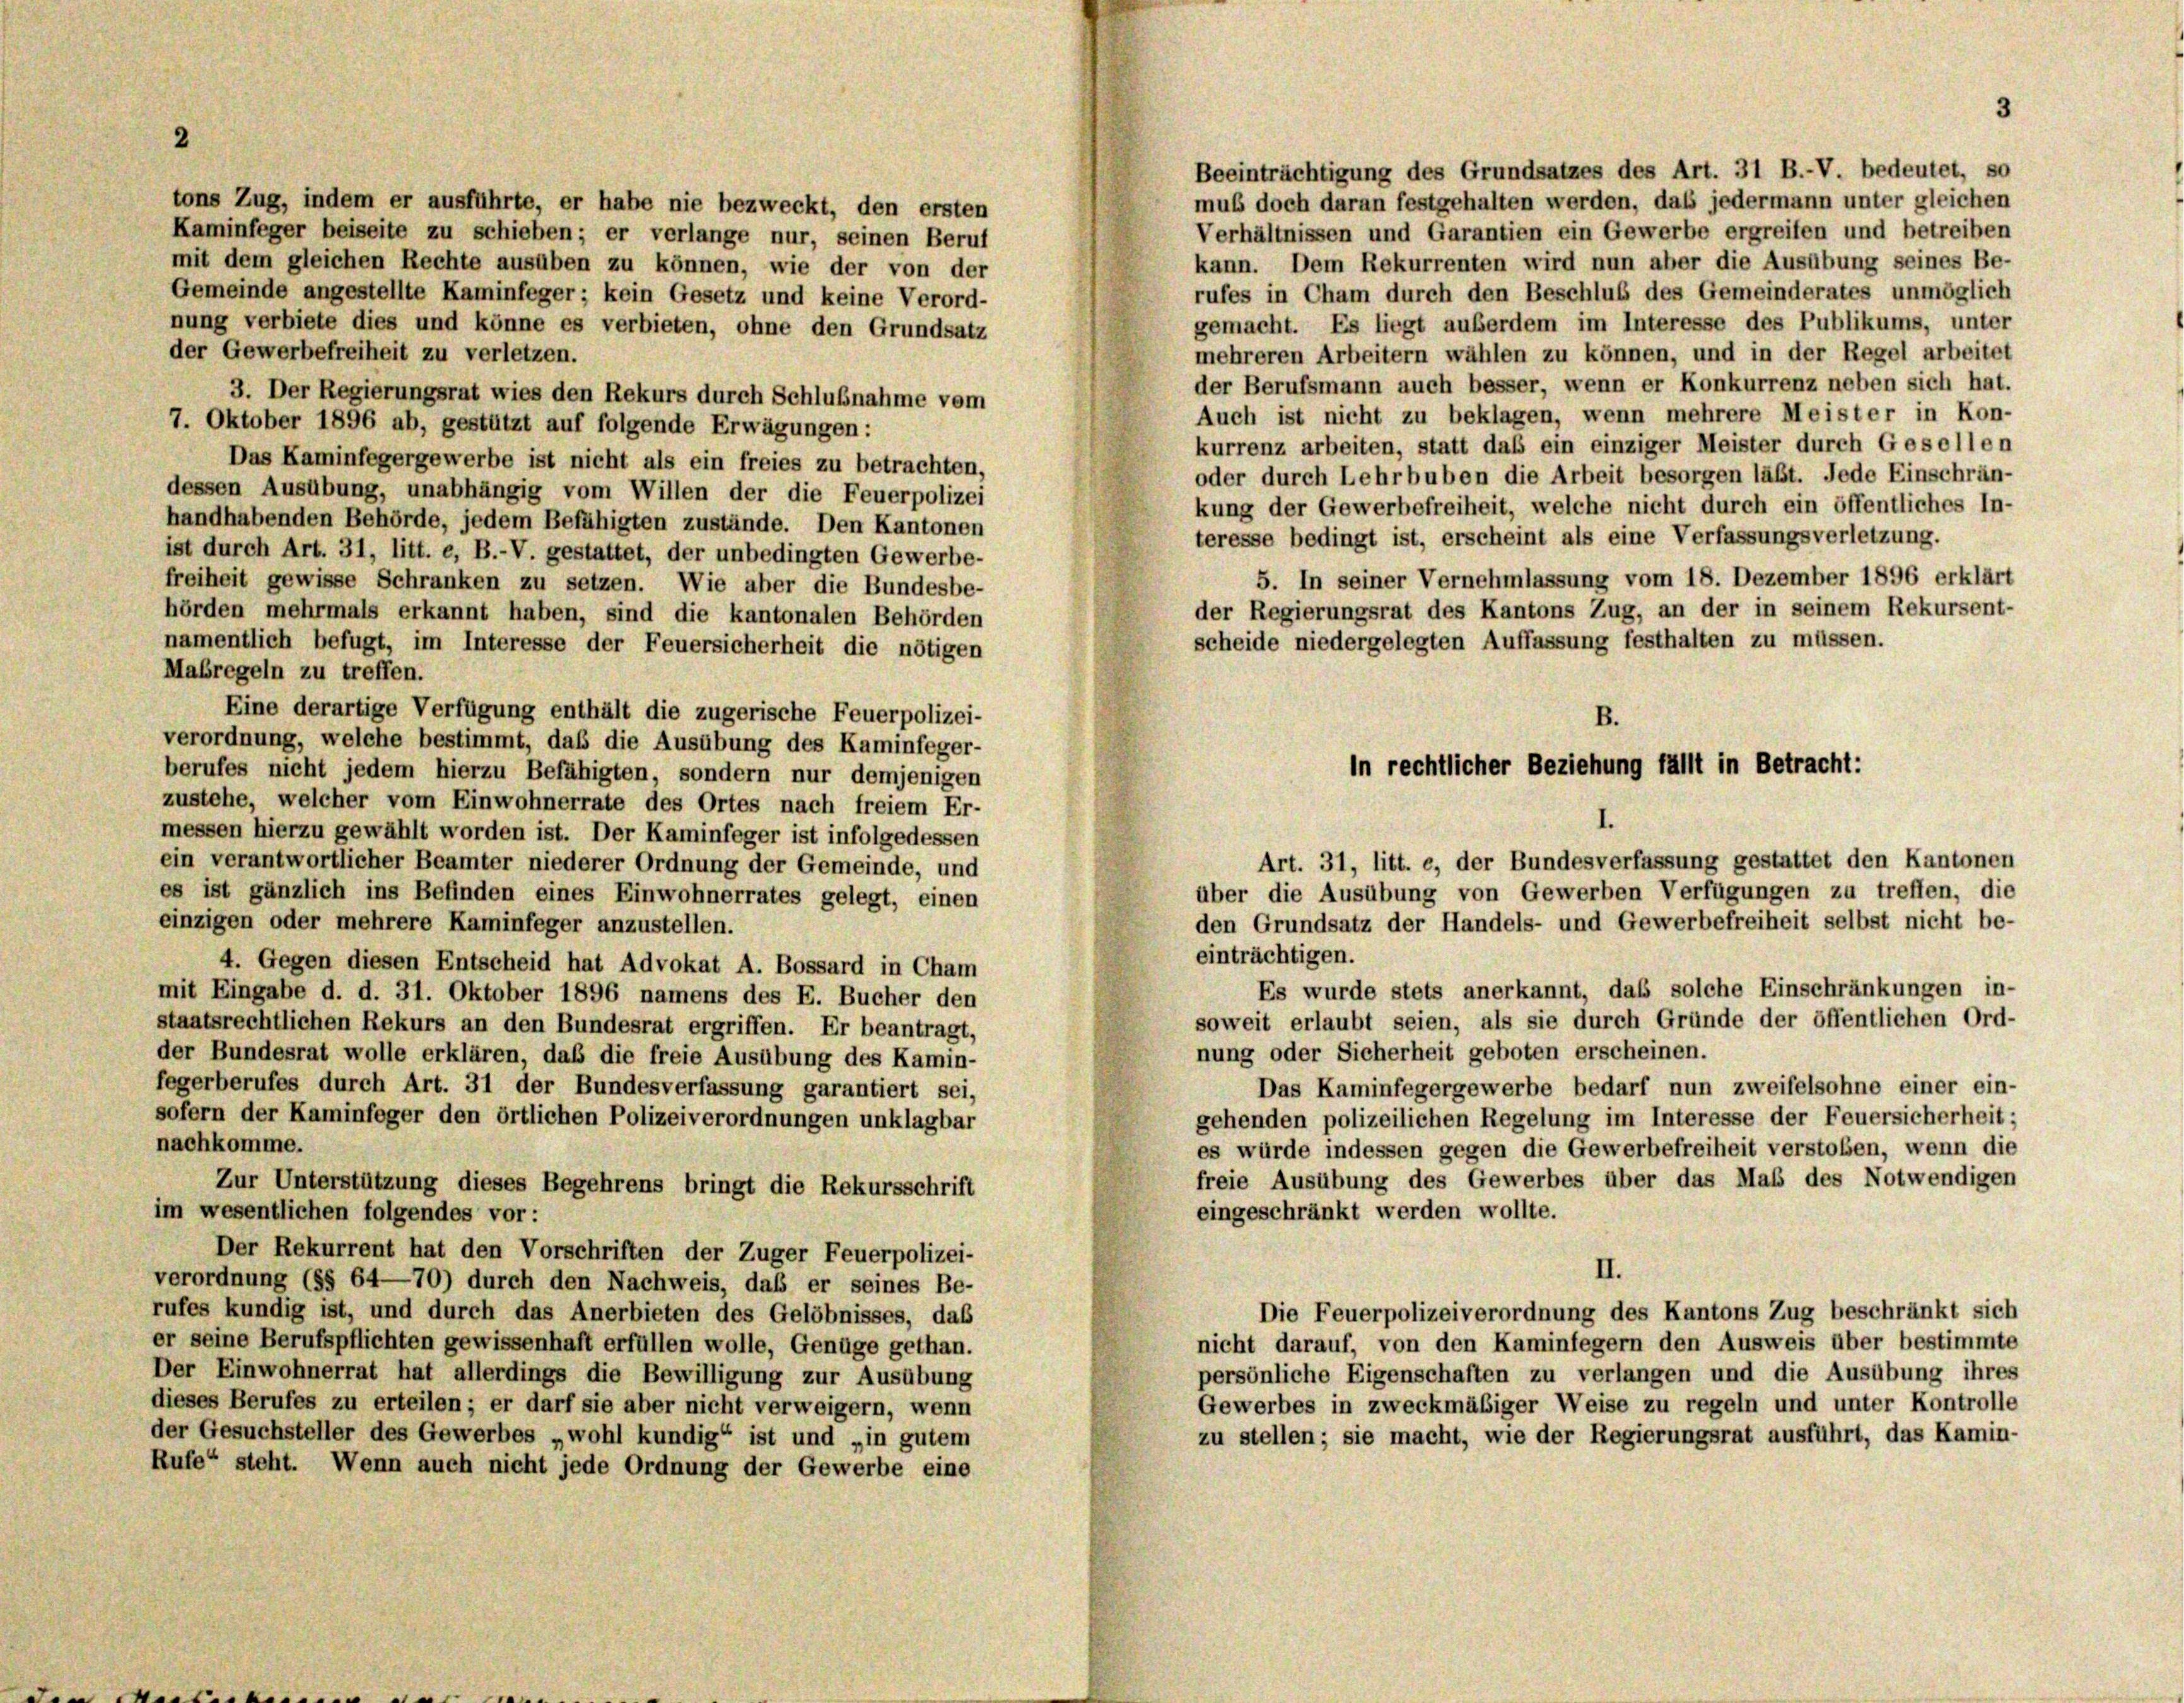
Beeinträchtigung des Grundsatzes des Art. 31 B.-V. bedeutet, so
muß doch daran festgehalten werden, das jedermann unter gleichen
tons Zug, indem er ausführte, er habe nie bezweckt, den ersten
Verhältnissen und Garantien ein Gewerbe ergreifen und betreiben
Kaminfeger beiseite zu schieben; er verlange nur, seinen Beruf
kann. Dem Rekurrenten wird nun aber die Ausübung seines Be-
mit dem gleichen Rechte ausüben zu können, wie der von der
rufes in Cham durch den Beschluß des Gemeinderates unmöglich
Gemeinde angestellte Kaminfeger; kein Gesetz und keine Verord-
gemacht. Es liegt außerdem im Interesse des Publikums, unter
nung verbiete dies und könne es verbieten, ohne den Grundsatz
der Gewerbefreiheit zu verletzen.
mehreren Arbeitern wählen zu können, und in der Regel arbeitet
der Berufsmann auch besser, wenn er Konkurrenz neben sich hat.
3. Der Regierungsrat wies den Rekurs durch Schlußnahme vom
Auch ist nicht zu beklagen, wenn mehrere Meister in Kon-
7. Oktober 1896 ab, gestützt auf folgende Erwägungen:
kurrenz arbeiten, statt daß ein einziger Meister durch Gesellen
Das Kaminfegergewerbe ist nicht als ein freies zu betrachten,
oder durch Lehrbuben die Arbeit besorgen läßt. Jede Einschrän-
dessen Ausübung, unabhängig vom Willen der die Feuerpolizei
kung der Gewerbefreiheit, welche nicht durch ein öffentliches In-
handhabenden Behörde, jedem Befähigten zustände. Den Kantonen
teresse bedingt ist, erscheint als eine Verfassungsverletzung.
ist durch Art. 31, litt. e, B.-V. gestattet, der unbedingten Gewerbe-
5. In seiner Vernehmlassung vom 18. Dezember 1896 erklärt
freiheit gewisse Schranken zu setzen. Wie aber die Bundesbe-
der Regierungsrat des Kantons Zug, an der in seinem Rekursent-
hörden mehrmals erkannt haben, sind die kantonalen Behörden
scheide niedergelegten Auffassung festhalten zu müssen.
namentlich befugt, im Interesse der Feuersicherheit die nötigen
Maßregeln zu treffen.
Eine derartige Verfügung enthält die zugerische Feuerpolizei-
verordnung, welche bestimmt, daß die Ausübung des Kaminfeger-
berufes nicht jedem hierzu Befähigten, sondern nur demjenigen
zustehe, welcher vom Einwohnerrate des Ortes nach freiem Er-
messen hierzu gewählt worden ist. Der Kaminfeger ist infolgedessen
Art. 31, litt. e, der Bundesverfassung gestattet den Kantonen
ein verantwortlicher Beamter niederer Ordnung der Gemeinde, und
über die Ausübung von Gewerben Verfügungen zu treffen, die
es ist gänzlich ins Befinden eines Einwohnerrates gelegt, einen
einzigen oder mehrere Kaminfeger anzustellen.
den Grundsatz der Handels- und Gewerbefreiheit selbst nicht be-
einträchtigen.
4. Gegen diesen Entscheid hat Advokat A. Bossard in Cham
Es wurde stets anerkannt, das solche Einschränkungen in-
mit Eingabe d. d. 31. Oktober 1896 namens des E. Bucher den
soweit erlaubt seien, als sie durch Gründe der öffentlichen Ord-
staatsrechtlichen Rekurs an den Bundesrat ergriffen. Er beantragt,
nung oder Sicherheit geboten erscheinen.
der Bundesrat wolle erklären, daß die freie Ausübung des Kamin-
fegerberufes durch Art. 31 der Bundesverfassung garantiert sei,
Das Kaminfegergewerbe bedarf nun zweifelsohne einer ein-
sofern der Kaminfeger den örtlichen Polizeiverordnungen unklagbar
gehenden polizeilichen Regelung im Interesse der Feuersicherheit:
nachkomme.
es würde indessen gegen die Gewerbefreiheit verstoben, wenn die
freie Ausübung des Gewerbes über das Maß des Notwendigen
Zur Unterstützung dieses Begehrens bringt die Rekursschrift
im wesentlichen folgendes vor:
eingeschränkt werden wollte.
Der Rekurrent hat den Vorschriften der Zuger Feuerpolizei-
II.
verordnung (§§ 64—70) durch den Nachweis, daß er seines Be-
Die Feuerpolizeiverordnung des Kantons Zug beschränkt sich
rufes kundig ist, und durch das Anerbieten des Gelöbnisses, das
er seine Berufspflichten gewissenhaft erfüllen wolle, Genüge gethan.
nicht darauf, von den Kaminfegern den Ausweis über bestimmte
Der Einwohnerrat hat allerdings die Bewilligung zur Ausübung
persönliche Eigenschaften zu verlangen und die Ausübung ihres
dieses Berufes zu erteilen; er darf sie aber nicht verweigern, wenn
Gewerbes in zweckmäßiger Weise zu regeln und unter Kontrolle
der Gesuchsteller des Gewerbes „wohl kundig“ ist und „in gutem
zu stellen; sie macht, wie der Regierungsrat ausführt, das Kamin
Rufe“ steht. Wenn auch nicht jede Ordnung der Gewerbe eine

2

in rechtlicher Beziehung fällt in Betracht: